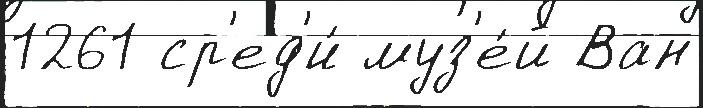
1261 ср'ед'и́ муз'е́й Ван